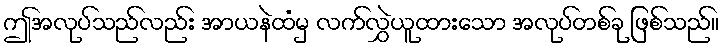
ဤအလုပ်သည်လည်း အာယနဲထံမှ လက်လွှဲယူထားသော အလုပ်တစ်ခု ဖြစ်သည်။